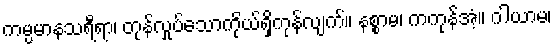
ကမ္ပမာနသရီရာ၊ တုန်လှုပ်သောကိုယ်ရှိကုန်လျက်။ နစ္စာမ၊ ကကုန်အံ့။ ဂါယာမ၊